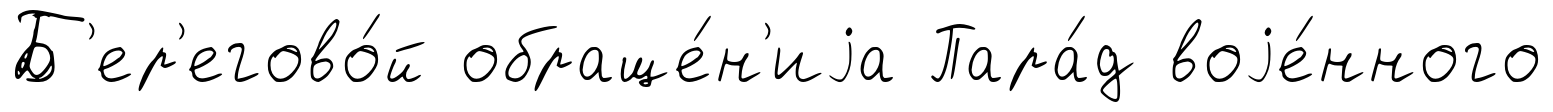
Б'ер'егово́й обраще́н'иjа Пара́д воjе́нного